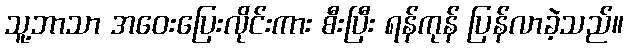
သူ့ဘာသာ အဝေးပြေးလိုင်းကား စီးပြီး ရန်ကုန် ပြန်လာခဲ့သည်။